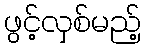
ဖွင့်လှစ်မည့်